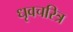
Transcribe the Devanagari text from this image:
धृवचरित्र